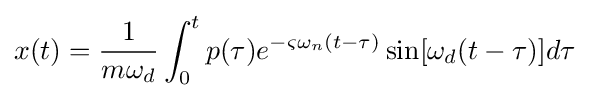
x(t)={\frac {1}{m\omega _{d}}}\int _{0}^{t}{p(\tau )e^{-\varsigma \omega _{n}(t-\tau )}\sin[\omega _{d}(t-\tau )]d\tau }